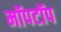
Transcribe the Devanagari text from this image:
मॉपटॉप